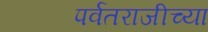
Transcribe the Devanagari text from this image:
पर्वतराजीच्या